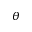
\theta